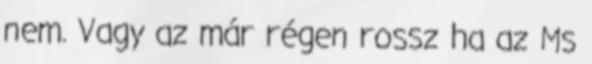
nem. Vagy az már régen rossz ha az Ms